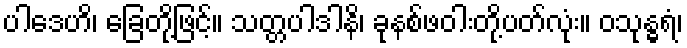
ပါဒေဟိ၊ ခြေတို့ဖြင့်။ သတ္တပါဒါနိ၊ ခုနစ်ဖဝါးတို့ပတ်လုံး။ ဝသုန္ဓရံ၊